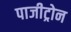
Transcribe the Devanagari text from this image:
पाजीट्रोन